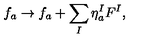
f _ { a } \rightarrow f _ { a } + \sum _ { I } \eta _ { a } ^ { I } F ^ { I } ,